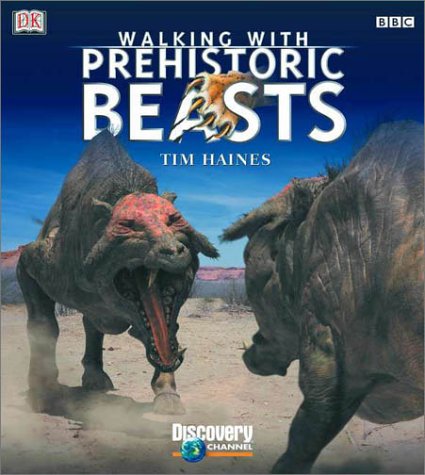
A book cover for Walking with Beasts: A Prehistoric Safari; Tim Haines; Children's Books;